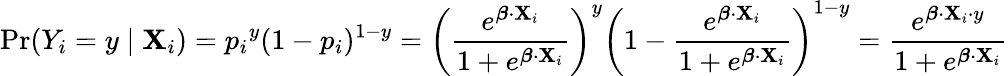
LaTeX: \operatorname*{Pr}(Y_{i}=y\mid\mathbf{X}_{i})={p_{i}}^{y}(1-p_{i})^{1-y}=\left({\frac{e^{{\boldsymbol{\beta}}\cdot\mathbf{X}_{i}}}{1+e^{{\boldsymbol{\beta}}\cdot\mathbf{X}_{i}}}}\right)^{y}\left(1-{\frac{e^{{\boldsymbol{\beta}}\cdot\mathbf{X}_{i}}}{1+e^{{\boldsymbol{\beta}}\cdot\mathbf{X}_{i}}}}\right)^{1-y}={\frac{e^{{\boldsymbol{\beta}}\cdot\mathbf{X}_{i}\cdot y}}{1+e^{{\boldsymbol{\beta}}\cdot\mathbf{X}_{i}}}}